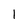
Character: 1